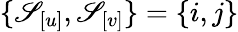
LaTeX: \{ \mathscr{S}_{[u]},\mathscr{S}_{[v]}\} =\{ i,j\}